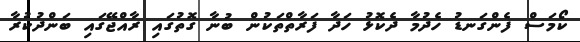
ކޯމަސް ފެންގަނޑު ހެދުމާ ދެކޮޅު ހަދާ ފަރާތްތަކުން ބުނާ ގޮތުގައި ރާއްޖޭގައި ބަންދުކުރާ